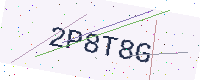
Text: 2P8T8G